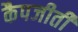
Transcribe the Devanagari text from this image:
कैपजीतीं